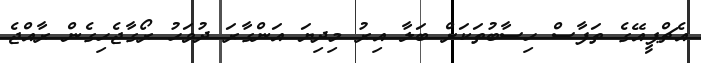
އެޗްޕީއޭގެ ތަފާސް ހިސާބުތަކަށް ބަލާ އިރު މިދިޔަ އަންގާރަ ދުވަހު ރޯގާޖެހިގެން ރާއްޖެ